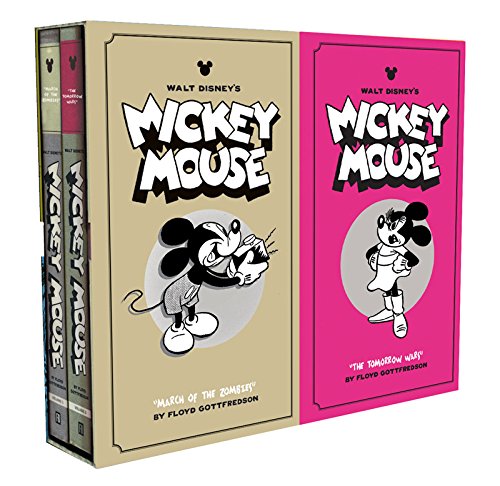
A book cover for Walt Disney's Mickey Mouse Vols. 7 & 8 Gift Box Set (Vol. 4)  (Walt Disney's Mickey Mouse); Floyd Gottfredson; Comics & Graphic Novels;